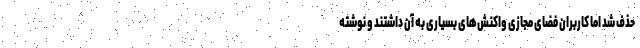
حذف شد اما کاربران فضای مجازی واکنش‌های بسیاری به آن داشتند و نوشته